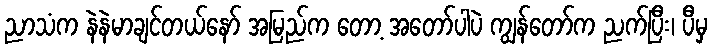
ညာသံက နဲနဲမာချင်တယ်နော် အမြည်က တော့ အတော်ပါပဲ ကျွန်တော်က ညက်ပြီး၊ ပီမှ